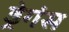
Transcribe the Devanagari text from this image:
ड्रेगंस